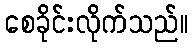
စေခိုင်းလိုက်သည်။